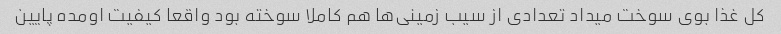
کل غذا بوی سوخت میداد تعدادی از سیب زمینی‌ها هم کاملا سوخته بود واقعا کیفیت اومده پایین